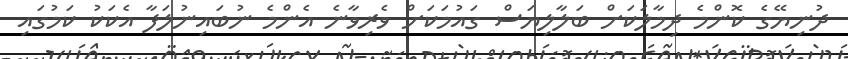
ދުނިޔޭގެ ކޮންމެ ދިމާލަކަށް ބަލާލިޔަސް ގައުމަކަށް ވެރިވާނެ އެންމެ ނުބައިނުލަފާ އެކަކު ކަމުގައި